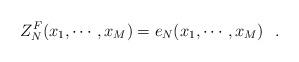
LaTeX: \begin{align*}Z_N^F(x_1,\cdots, x_M) = e_N(x_1,\cdots, x_M)\,\,\,\,.\end{align*}